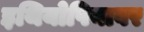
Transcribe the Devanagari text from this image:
इथियोपियावर